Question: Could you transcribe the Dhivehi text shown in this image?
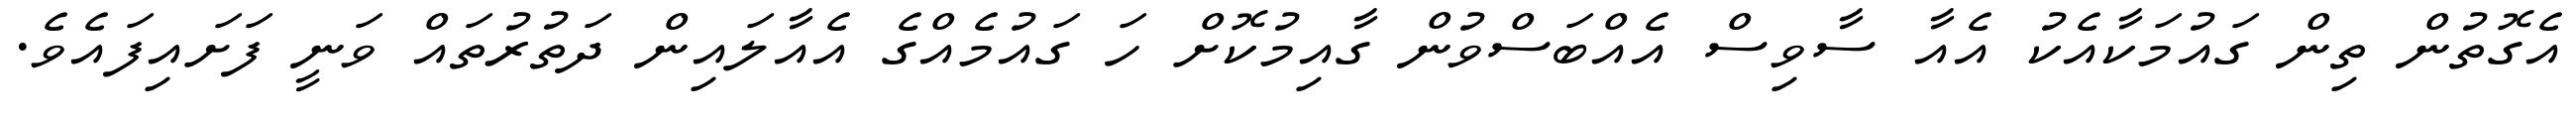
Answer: އެގޮތުން ތިން ގައުމަކާއެކު އެއާ ސާވިސް އެއްބަސްވުން ގާއިމުކޮށް ހަ ގައުމެއްގެ އެއާލައިން ދަތުރުތައް ވަނީ ފަށައިފައެވެ.